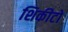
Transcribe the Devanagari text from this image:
शिकीटो